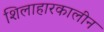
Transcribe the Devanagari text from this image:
शिलाहारकालीन